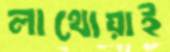
লাথোয়াই